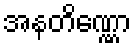
အနတိဏ္ဏော